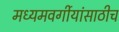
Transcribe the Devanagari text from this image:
मध्यमवर्गीयांसाठीच